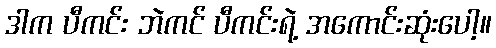
ဒါက ပီကင်း ဘဲကင် ပီကင်းရဲ့ အကောင်းဆုံးပေါ့။